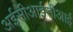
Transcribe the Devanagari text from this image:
अईसीआईसीआई